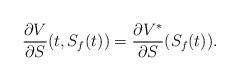
LaTeX: \begin{align*} \frac{\partial V}{\partial S}(t, S_f(t)) = \frac{\partial V^*}{\partial S}(S_f(t)).\end{align*}